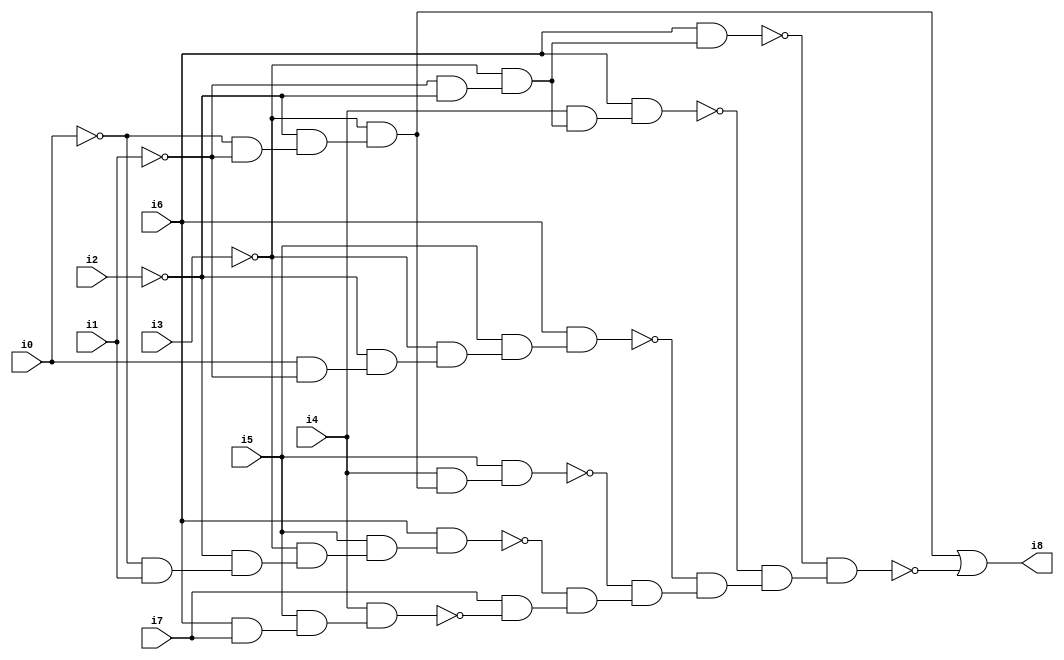
// Benchmark "SKOLEMFORMULA" written by ABC on Mon May  4 15:53:26 2020

module SKOLEMFORMULA ( 
    i0, i1, i2, i3, i4, i5, i6, i7,
    i8  );
  input  i0, i1, i2, i3, i4, i5, i6, i7;
  output i8;
  wire n10, n11, n12, n13, n14, n15, n16, n17, n18, n19, n20, n21, n22, n23,
    n24, n25, n26, n27, n28, n29, n30, n31, n32, n33, n34, n35, n36, n37,
    n38;
  assign n10 = ~i0 & i1;
  assign n11 = ~i2 & n10;
  assign n12 = ~i3 & n11;
  assign n13 = i5 & n12;
  assign n14 = i6 & n13;
  assign n15 = ~i0 & ~i1;
  assign n16 = ~i2 & n15;
  assign n17 = ~i3 & n16;
  assign n18 = i4 & n17;
  assign n19 = i5 & n18;
  assign n20 = i0 & ~i1;
  assign n21 = ~i2 & n20;
  assign n22 = ~i3 & n21;
  assign n23 = i5 & n22;
  assign n24 = i6 & n23;
  assign n25 = ~i1 & ~i2;
  assign n26 = ~i3 & n25;
  assign n27 = i4 & n26;
  assign n28 = i6 & n27;
  assign n29 = i6 & n26;
  assign n30 = i6 & i7;
  assign n31 = i5 & n30;
  assign n32 = i4 & n31;
  assign n33 = i7 & ~n32;
  assign n34 = ~n14 & n33;
  assign n35 = ~n19 & n34;
  assign n36 = ~n24 & n35;
  assign n37 = ~n28 & n36;
  assign n38 = ~n29 & n37;
  assign i8 = n17 | ~n38;
endmodule